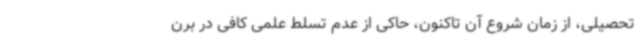
تحصیلی، از زمان شروع آن تاکنون، حاکی از عدم تسلط علمی کافی در برن